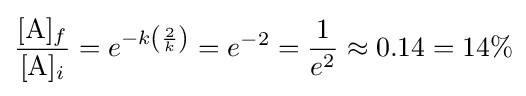
{\frac {[{\rm {A}}]_{f}}{[{\rm {A}}]_{i}}}=e^{-k\left({\frac {2}{k}}\right)}=e^{-2}={\frac {1}{e^{2}}}\approx 0.14=14\%